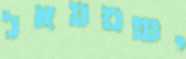
ישמעאל